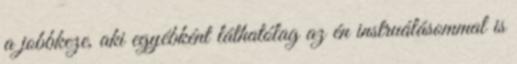
a jobbkeze, aki egyébként látha­tó­lag az én instruálásommal is